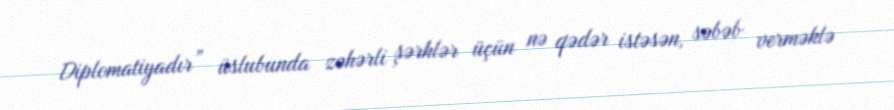
Diplomatiyadır” üslubunda zəhərli şərhlər üçün nə qədər istəsən, səbəb verməklə